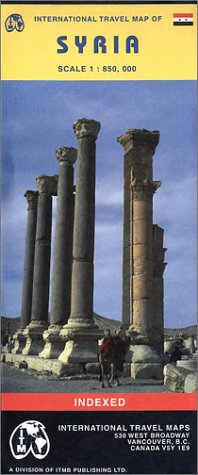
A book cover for Syria Travel Map by ITMB (Travel Reference Map); ITMB Publishing; Travel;